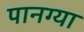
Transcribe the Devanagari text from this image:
पानग्या